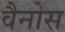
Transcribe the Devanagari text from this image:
वैनोस